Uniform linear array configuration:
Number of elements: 16
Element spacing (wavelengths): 0.25
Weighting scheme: hamming
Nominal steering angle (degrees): -15
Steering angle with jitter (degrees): -13.761
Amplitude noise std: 0.05
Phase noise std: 0.05

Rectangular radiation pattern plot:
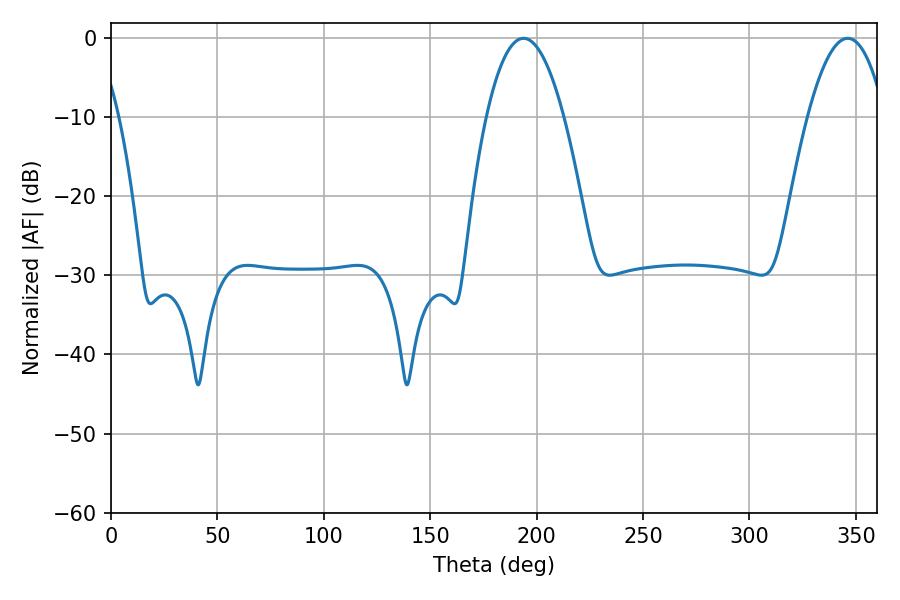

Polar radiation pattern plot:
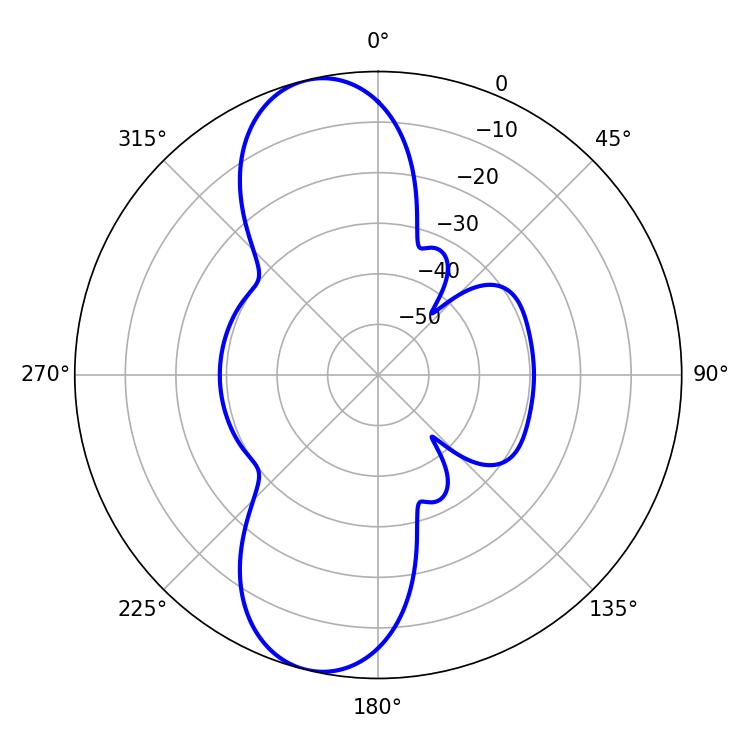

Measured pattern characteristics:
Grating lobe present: FALSE
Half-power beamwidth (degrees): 20.16
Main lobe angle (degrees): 193.86